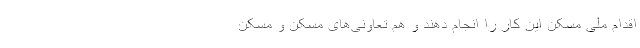
اقدام ملی مسکن این کار را انجام دهند و هم تعاونی‌های مسکن و مسکن